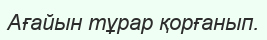
Ағайын тұрар қорғанып.